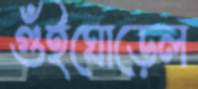
গুঁইঘোড়েল